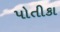
પોતીકા